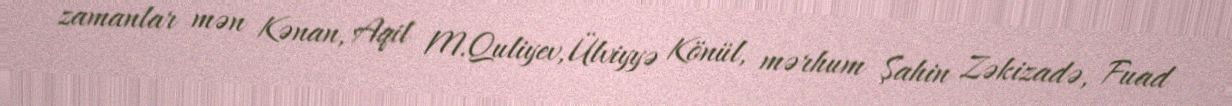
zamanlar mən Kənan, Aqil M.Quliyev, Ülviyyə Könül, mərhum Şahin Zəkizadə, Fuad